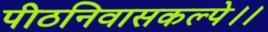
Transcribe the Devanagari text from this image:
पीठनिवासकल्पे।।